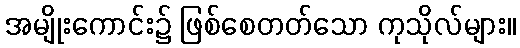
အမျိုးကောင်း၌ ဖြစ်စေတတ်သော ကုသိုလ်များ။